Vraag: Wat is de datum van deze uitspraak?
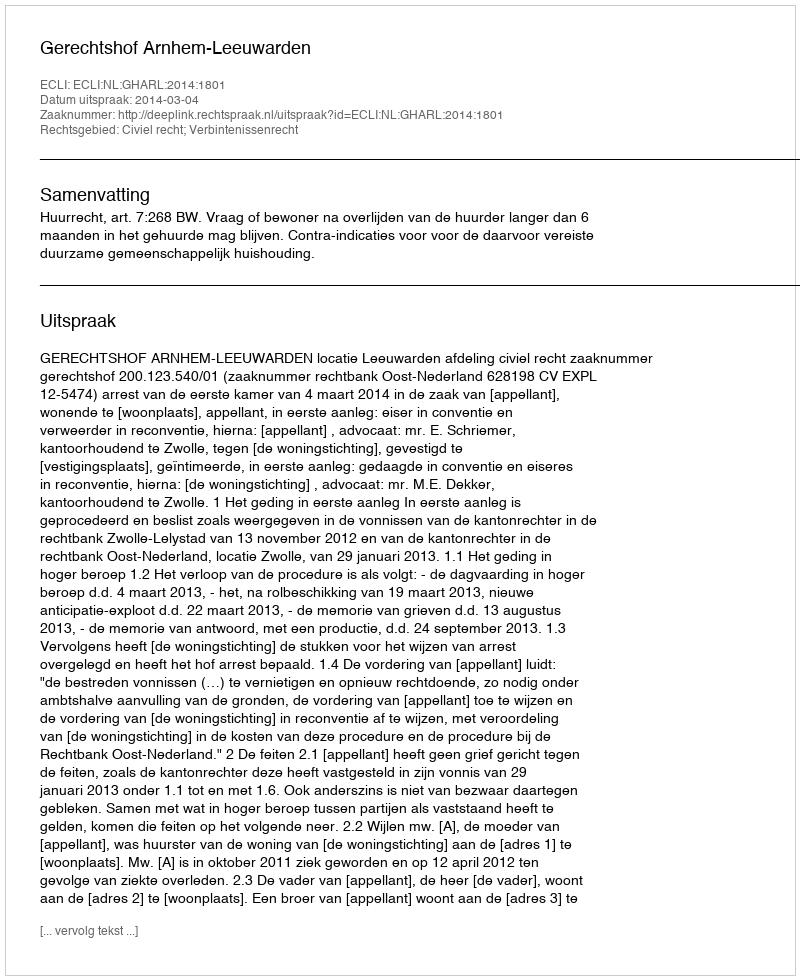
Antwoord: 2014-03-04